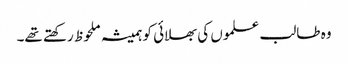
وہ طالب علموں کی بھلائی کو ہمیشہ ملحوظ رکھتے تھے۔